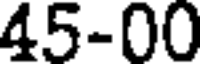
45-00